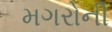
મગરોની